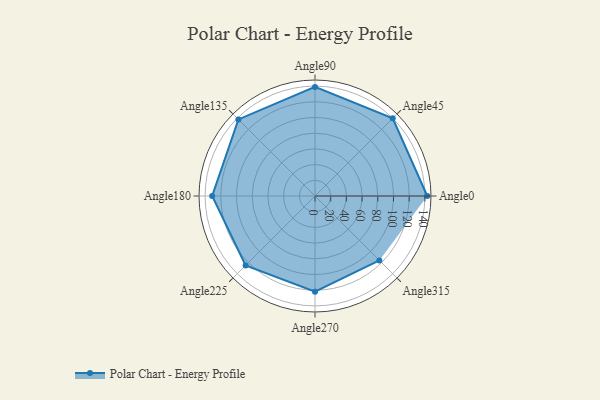
{"axis": {"x": "Angle", "y": "Radius"}, "legend": [""], "data": [{"x": "Angle0", "y": 143.0, "type": ""}, {"x": "Angle45", "y": 140.0, "type": ""}, {"x": "Angle90", "y": 139.0, "type": ""}, {"x": "Angle135", "y": 138.0, "type": ""}, {"x": "Angle180", "y": 131.0, "type": ""}, {"x": "Angle225", "y": 125.0, "type": ""}, {"x": "Angle270", "y": 122.0, "type": ""}, {"x": "Angle315", "y": 116.0, "type": ""}]}